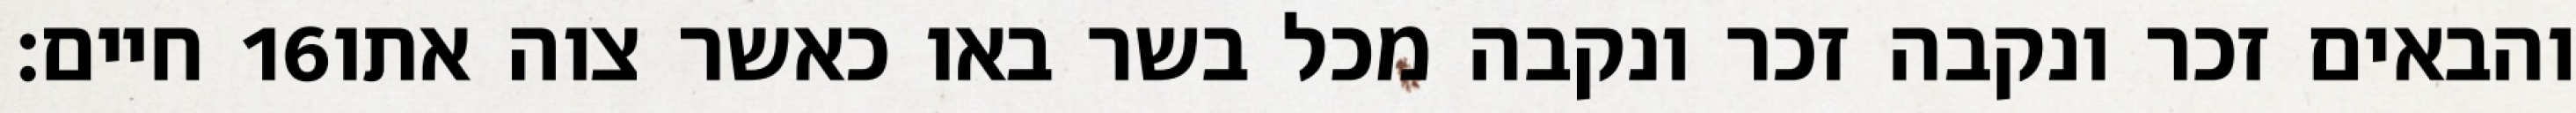
חיים׃ ‎16‏ והבאים זכר ונקבה זכר ונקבה מכל בשר באו כאשר צוה אתו